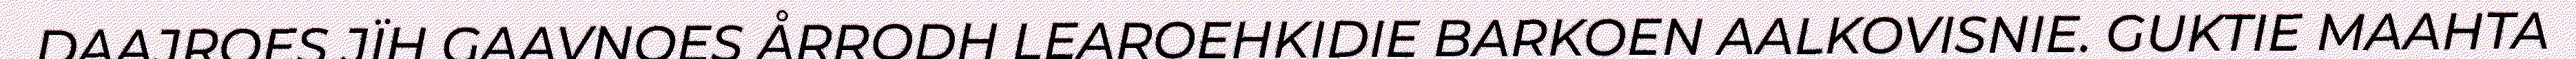
DAAJROES JÏH GAAVNOES ÅRRODH LEAROEHKIDIE BARKOEN AALKOVISNIE. GUKTIE MAAHTA